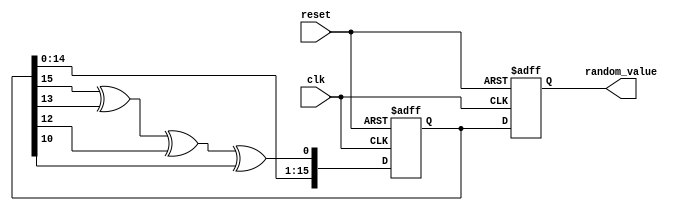
module random_initialization (
    input wire clk,
    input wire reset,
    output reg [15:0] random_value // Adjust the width as needed
);

    // LFSR parameters
    reg [15:0] lfsr; // 16-bit LFSR
    wire feedback;

    // Feedback polynomial: x^16 + x^14 + x^13 + x^11 + 1
    assign feedback = lfsr[15] ^ lfsr[13] ^ lfsr[12] ^ lfsr[10];

    always @(posedge clk or posedge reset) begin
        if (reset) begin
            // Reset the LFSR and initialize with a non-zero seed
            lfsr <= 16'hACE1; // Example seed value
            random_value <= 16'b0; // Clear output
        end else begin
            // Shift and generate new random value
            lfsr <= {lfsr[14:0], feedback}; // Shift left and insert feedback
            random_value <= lfsr; // Output the current LFSR value
        end
    end

endmodule